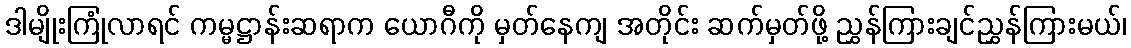
ဒါမျိုးကြုံလာရင် ကမ္မဋ္ဌာန်းဆရာက ယောဂီကို မှတ်နေကျ အတိုင်း ဆက်မှတ်ဖို့ ညွှန်ကြားချင်ညွှန်ကြားမယ်၊